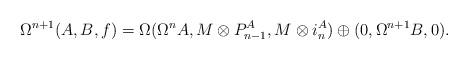
LaTeX: \begin{align*} \Omega^{n+1}(A, B, f) & =\Omega(\Omega^n A, M\otimes P^A_{n-1}, M\otimes i^A_n) \oplus(0,\Omega^{n+1}B,0).\end{align*}